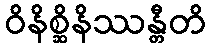
ဝိနိစ္ဆိနိဿန္တီတိ